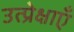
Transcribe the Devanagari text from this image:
उत्प्रेक्षाएँ